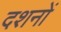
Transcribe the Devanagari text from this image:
दशनों